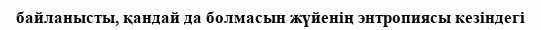
байланысты, қандай да болмасын жүйенің энтропиясы кезіндегі